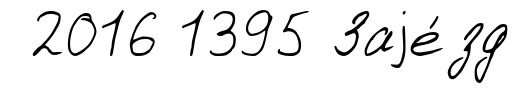
2016 1395 Заjе́зд